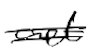
Text: act
Cross-out: double-line
Writing tool: digital_black